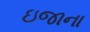
ઇજાના